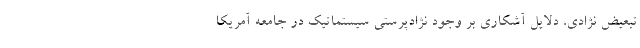
تبعیض نژادی، دلایل آشکاری بر وجود نژادپرستی سیستماتیک در جامعه آمریکا